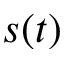
s ( t )